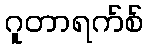
ဂူတာရက်စ်